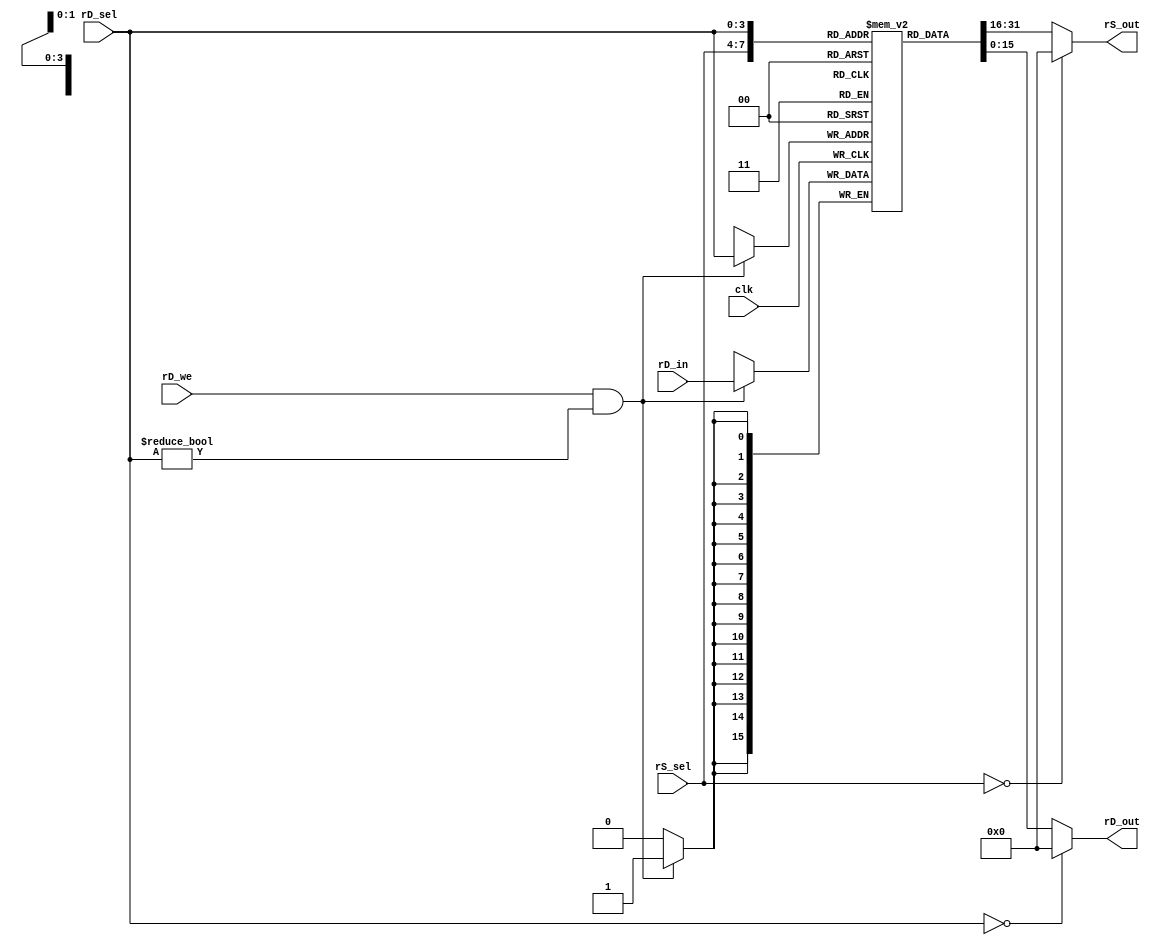
`default_nettype none

module cozy_registerfile (
    input wire clk,

    input wire [3:0] rD_sel,
    input wire rD_we,
    input wire [15:0] rD_in,
    output wire [15:0] rD_out,

    input wire [3:0] rS_sel,
    output wire [15:0] rS_out
);

reg [15:0] R [15:1];

assign rS_out = (rS_sel == 0) ? 16'b0 : R[rS_sel];
assign rD_out = (rD_sel == 0) ? 16'b0 : R[rD_sel];

always @(posedge clk)
    if (rD_we && rD_sel != 0)
        R[rD_sel] = rD_in;

//synthesis translate_off
wire [15:0] r1 = R[1], r2 = R[2], r3 = R[3], r4 = R[4], r5 = R[5];
wire [15:0] r6 = R[6], r7 = R[7], r8 = R[8], r9 = R[9], r10 = R[10];
wire [15:0] r11 = R[11], r12 = R[12], r13 = R[13], r14 = R[14], r15 = R[15];
//synthesis translate_on

endmodule